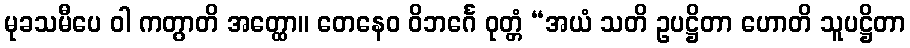
မုခသမီပေ ဝါ ကတွာတိ အတ္ထော။ တေနေဝ ဝိဘင်္ဂေ ဝုတ္တံ “အယံ သတိ ဥပဋ္ဌိတာ ဟောတိ သူပဋ္ဌိတာ